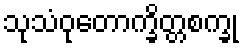
သုသံဝုတောက္ခိတ္တစက္ခု